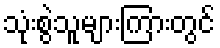
သုံးစွဲသူများကြားတွင်